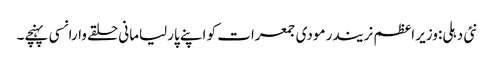
نئی دہلی:وزیر اعظم نریندر مودی جمعرات کو اپنے پارلیامانی حلقے وارانسی پہنچے۔